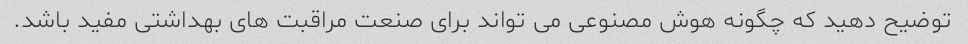
توضیح دهید که چگونه هوش مصنوعی می تواند برای صنعت مراقبت های بهداشتی مفید باشد.